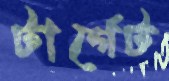
টার্গেট